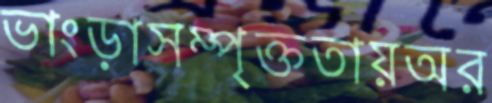
ভাংড়াসম্পৃক্ততায়অর